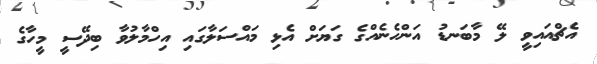
އެޗްއައިވީ ލޭ މާބަނޑު އަންހެނެއްގެ ގަޔަށް އެޅި މައްސަލާގައި އިހްމާލުވާ ބިދޭސީ މީހާގެ